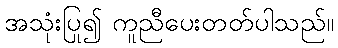
အသုံးပြု၍ ကူညီပေးတတ်ပါသည်။